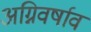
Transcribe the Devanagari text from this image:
अग्निवर्षाव